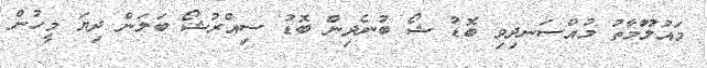
މައުލޫމާތު މުއްސަނދިވި ބޮޑު ޝޯ ބުނެދިން ބޮޑު ސިއްރުޝޯ ބަލަން ދިޔަ މީހުން